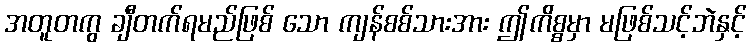
အတူတကွ ချီတက်ရမည်ဖြစ် သော ကျန်စစ်သားအား ဤကိစ္စမှာ မဖြစ်သင့်ဘဲနှင့်